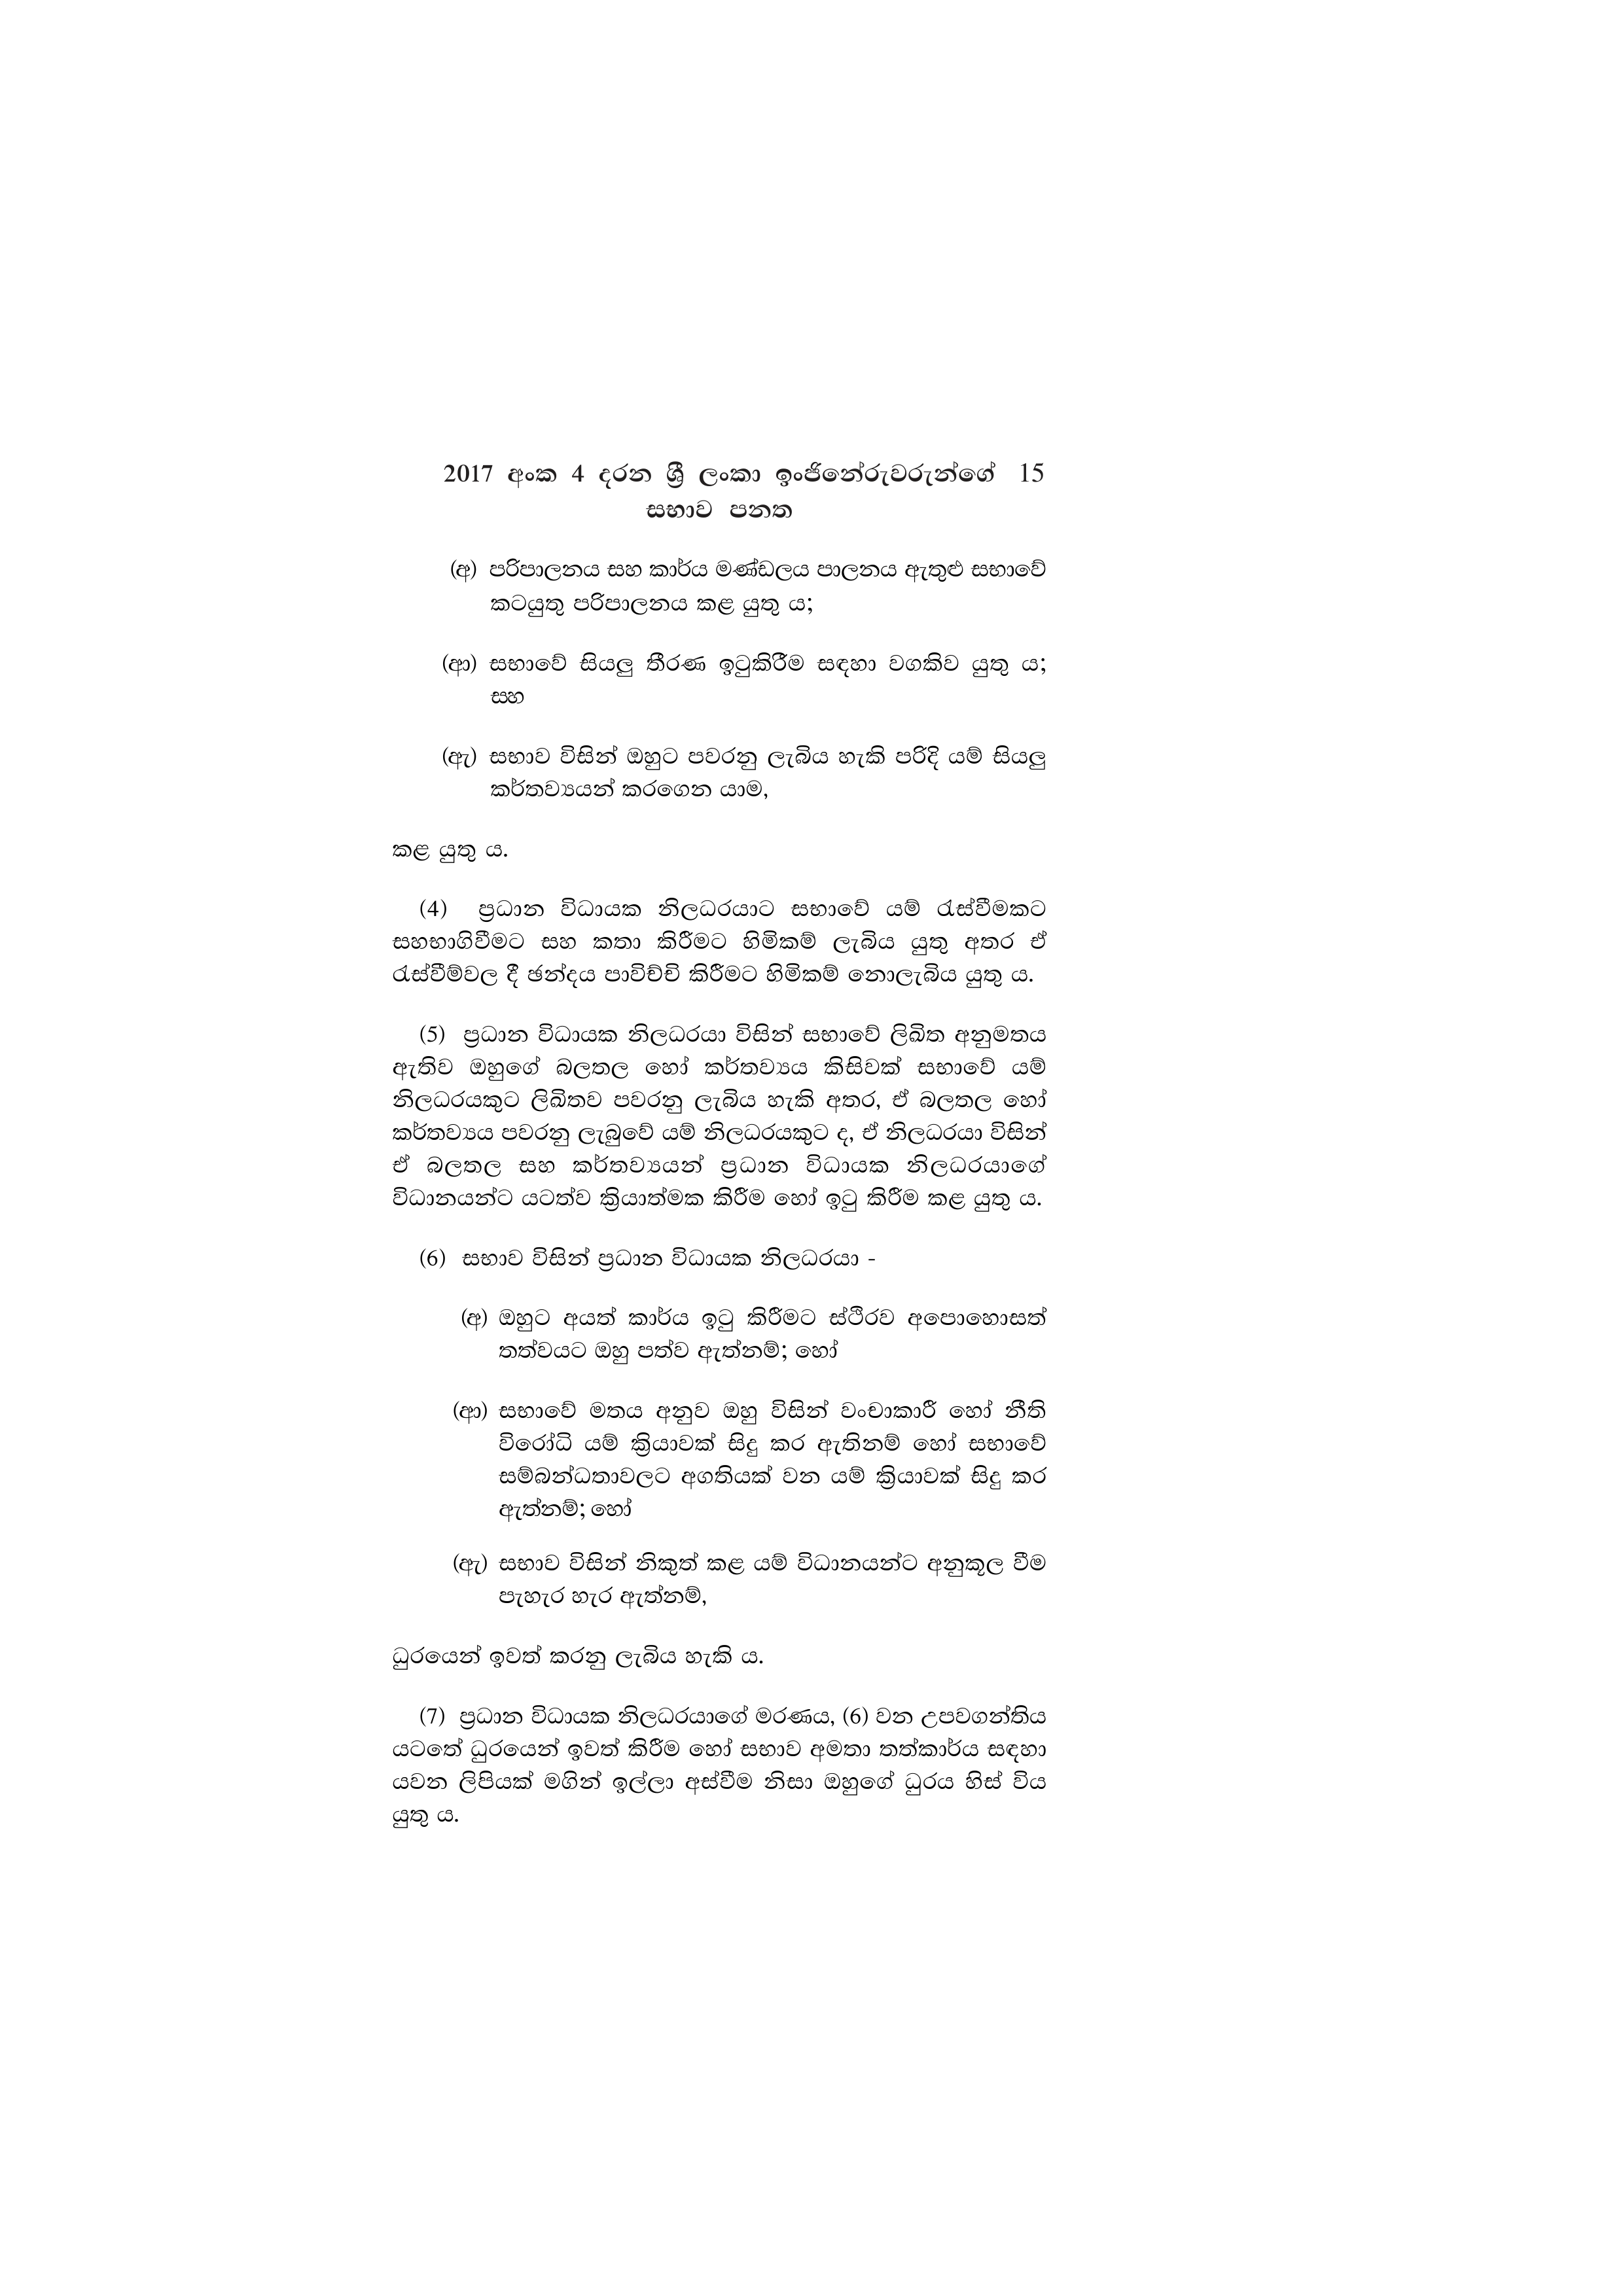
2017 අංක 4 දරන ශ්‍රී ලංකා ඉංජිනේරුවරුන්ගේ 15
සභාව පනත

(අ) පරිපාලනය සහ කාර්ය මණ්ඩලය පාලනය ඇතුළු සභාවේ
කටයුතු පරිපාලනය කළ යුතු ය;

(ආ) සභාවේ සියලු තීරණ ඉටුකිරීම සඳහා වගකිව යුතු ය;
සහ

(ඇ) සභාව විසින් ඔහුට පවරනු ලැබිය හැකි පරිදි යම් සියලු
කර්තව්‍යයන් කරගෙන යාම,

කළ යුතු ය.

(4) ප්‍රධාන විධායක නිලධරයාට සභාවේ යම් රැස්වීමකට
සහභාගිවීමට සහ කතා කිරීමට හිමිකම් ලැබිය යුතු අතර ඒ
රැස්වීම්වල දී ඡන්දය පාවිච්චි කිරීමට හිමිකම් නොලැබිය යුතු ය.

(5) ප්‍රධාන විධායක නිලධරයා විසින් සභාවේ ලිඛිත අනුමතය
ඇතිව ඔහුගේ බලතල හෝ කර්තව්‍යය කිසිවක් සභාවේ යම්
නිලධරයකුට ලිඛිතව පවරනු ලැබිය හැකි අතර, ඒ බලතල හෝ
කර්තව්‍යය පවරනු ලැබුවේ යම් නිලධරයකුට ද, ඒ නිලධරයා විසින්
ඒ බලතල සහ කර්තව්‍යයන් ප්‍රධාන විධායක නිලධරයාගේ
විධානයන්ට යටත්ව ක්‍රියාත්මක කිරීම හෝ ඉටු කිරීම කළ යුතු ය.

(6) සභාව විසින් ප්‍රධාන විධායක නිලධරයා -

(අ) ඔහුට අයත් කාර්ය ඉටු කිරීමට ස්ථිරව අපොහොසත්
තත්වයට ඔහු පත්ව ඇත්නම්; හෝ

(ආ) සභාවේ මතය අනුව ඔහු විසින් වංචාකාරී හෝ නීති
විරෝධි යම් ක්‍රියාවක් සිදු කර ඇතිනම් හෝ සභාවේ
සම්බන්ධතාවලට අගතියක් වන යම් ක්‍රියාවක් සිදු කර
ඇත්නම්; හෝ

(ඇ) සභාව විසින් නිකුත් කළ යම් විධානයන්ට අනුකූල වීම
පැහැර හැර ඇත්නම්,

ධුරයෙන් ඉවත් කරනු ලැබිය හැකි ය.

(7) ප්‍රධාන විධායක නිලධරයාගේ මරණය, (6) වන උපවගන්තිය
යටතේ ධුරයෙන් ඉවත් කිරීම හෝ සභාව අමතා තත්කාර්ය සඳහා
යවන ලිපියක් මගින් ඉල්ලා අස්වීම නිසා ඔහුගේ ධුරය හිස් විය
යුතු ය.